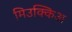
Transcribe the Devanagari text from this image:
मिउक्किअ